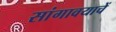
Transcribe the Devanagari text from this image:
सांगावयाचें